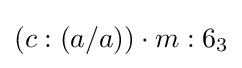
(c:(a/a))\cdot m:6_{3}